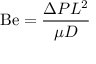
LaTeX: \mathrm { B e } = { \frac { \Delta P L ^ { 2 } } { \mu D } }